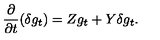
\frac { \partial } { \partial t } ( \delta g _ { t } ) = Z g _ { t } + Y \delta g _ { t } .